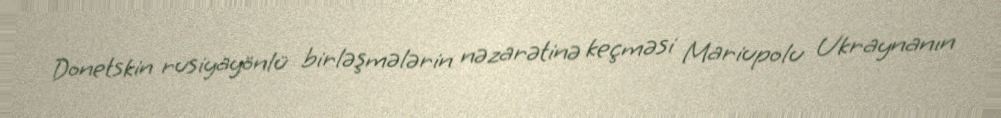
Donetskin rusiyayönlü birləşmələrin nəzarətinə keçməsi Mariupolu Ukraynanın